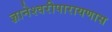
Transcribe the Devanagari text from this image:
ज्ञानेश्वरीपारायणास